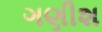
ગણીશ